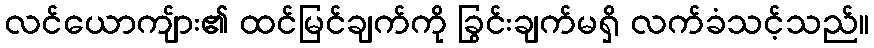
လင်ယောကျ်ား၏ ထင်မြင်ချက်ကို ခြွင်းချက်မရှိ လက်ခံသင့်သည်။